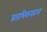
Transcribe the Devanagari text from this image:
प्रारंभिककाल